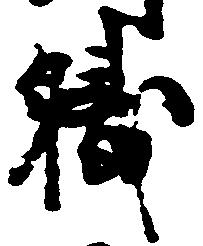
職